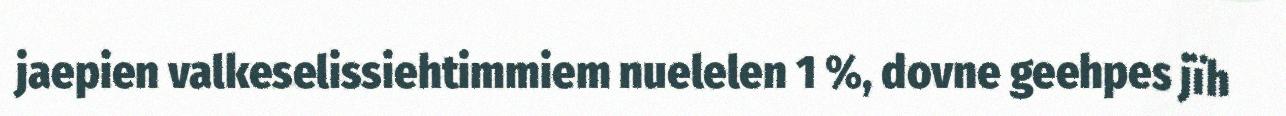
jaepien valkeselissiehtimmiem nuelelen 1 %, dovne geehpes jïh